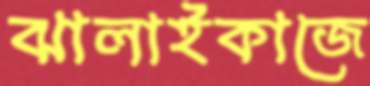
ঝালাইকাজে